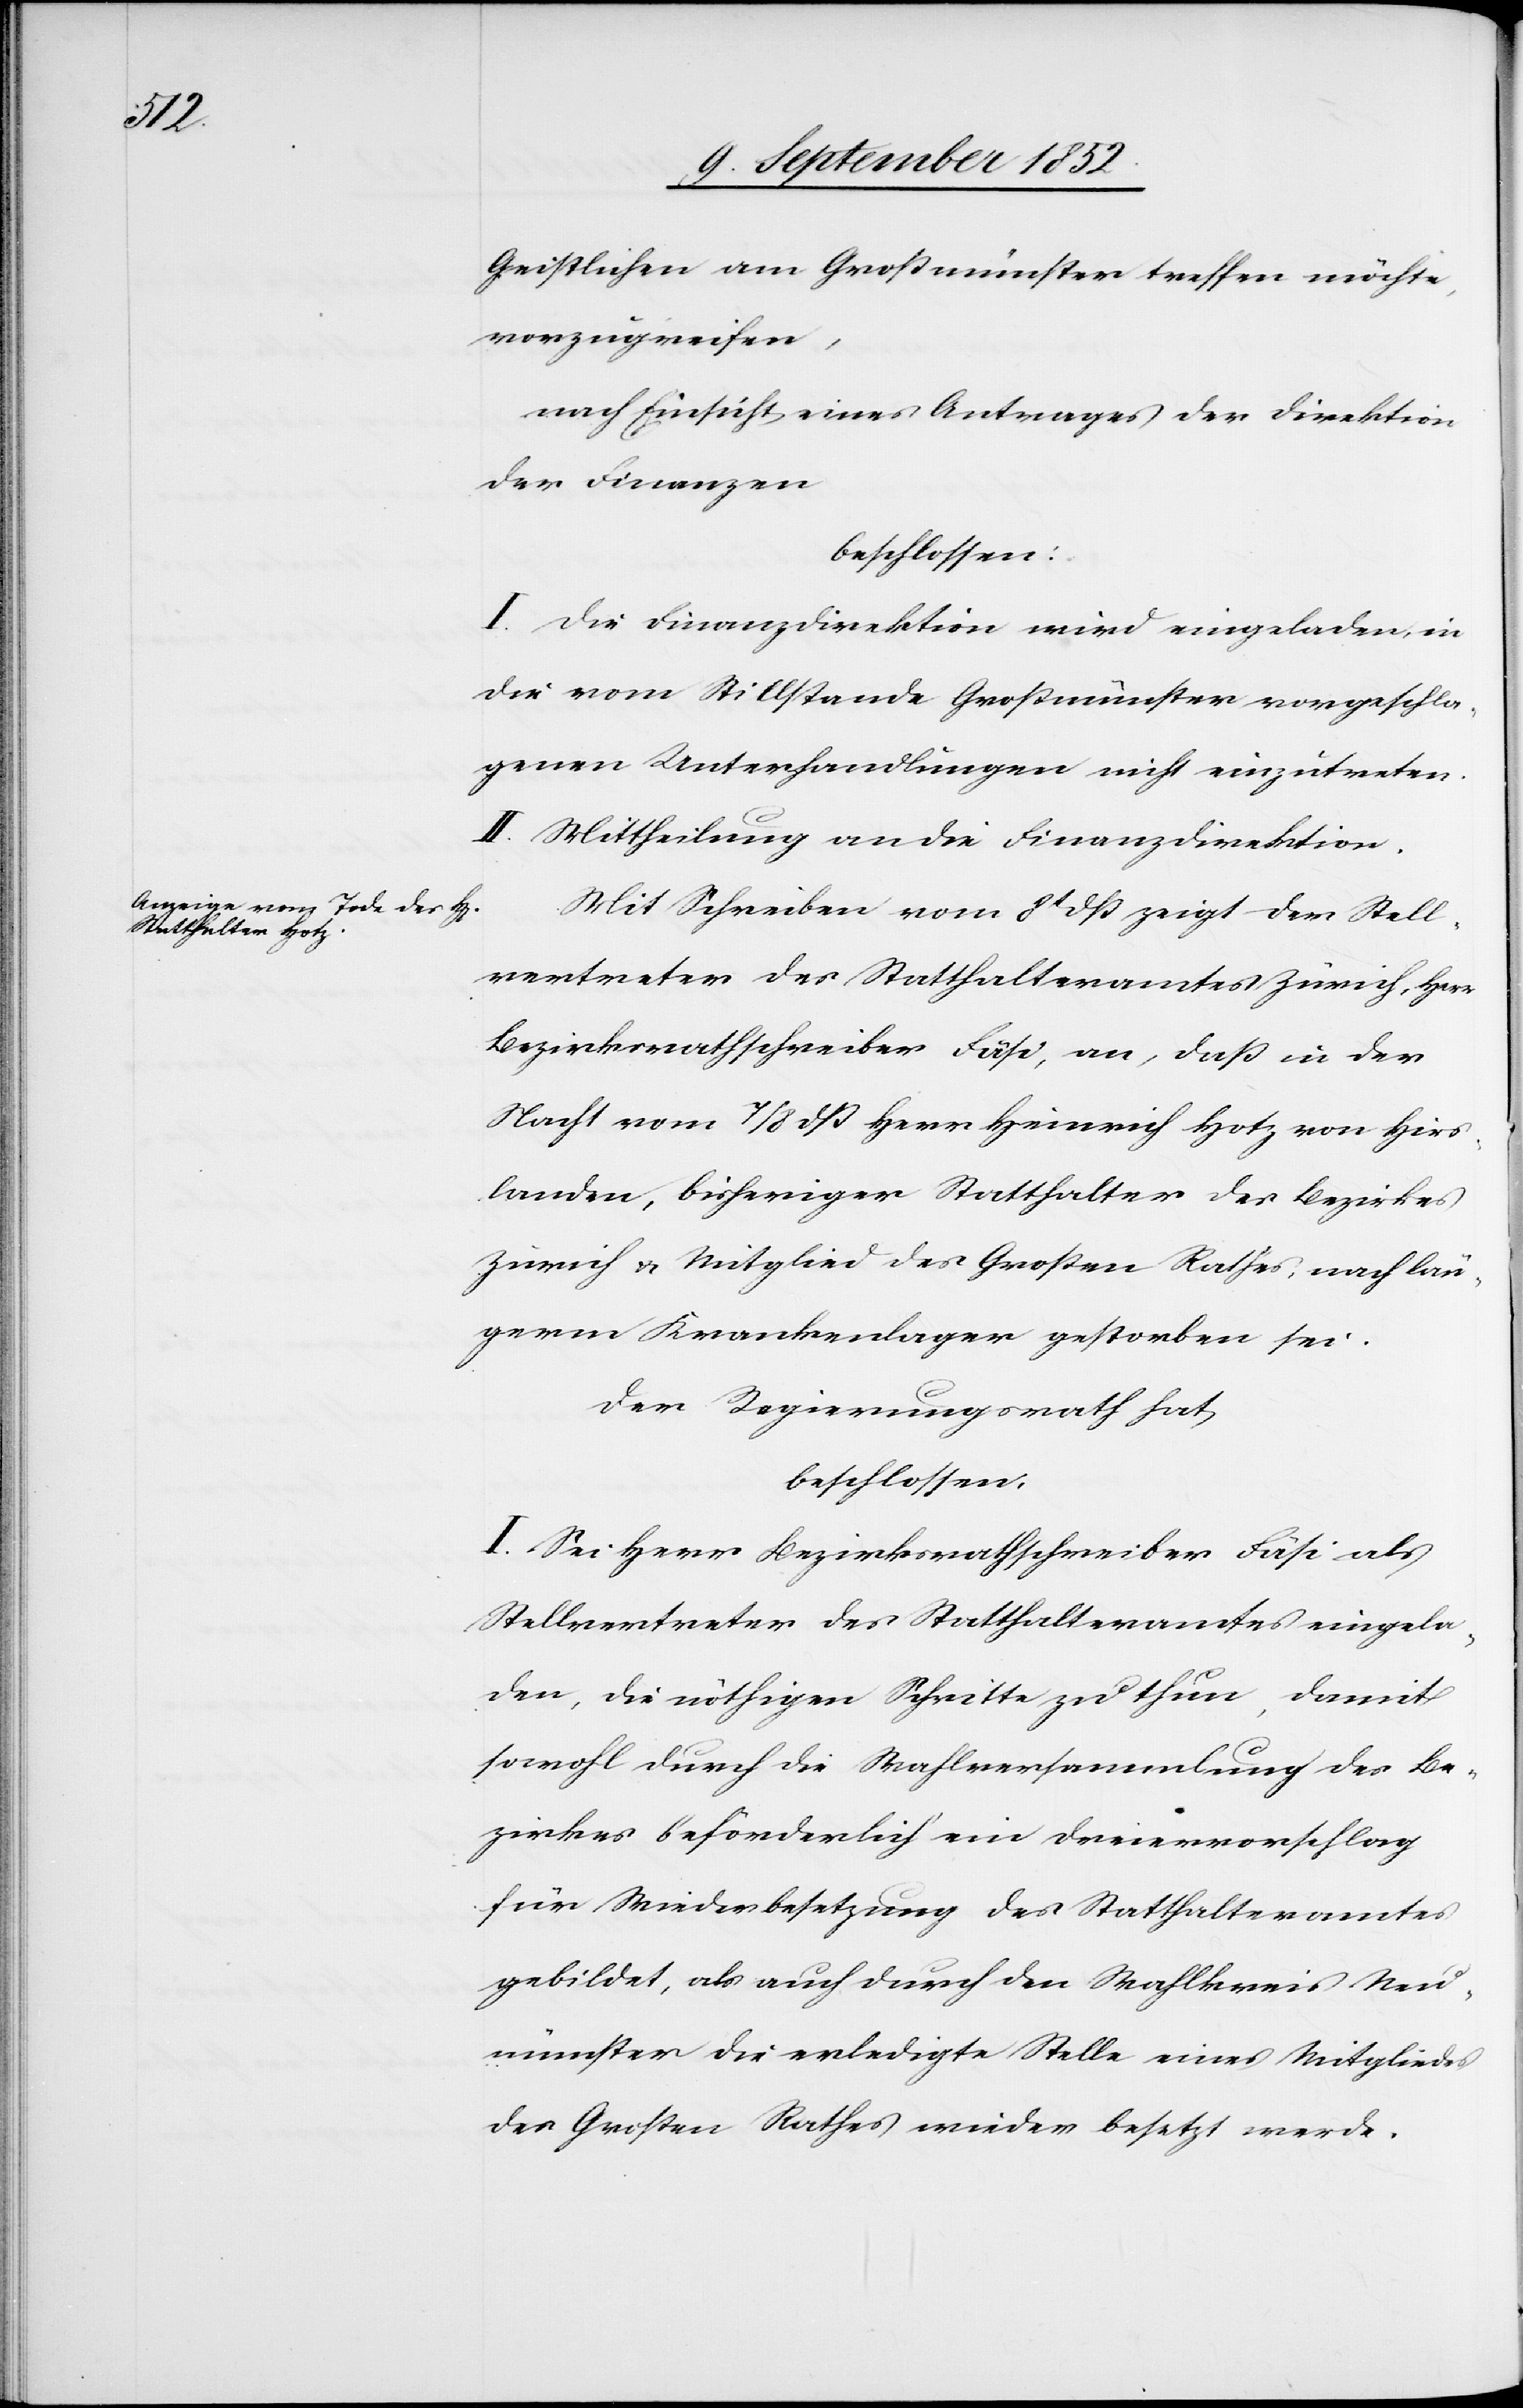
Geistlichen am Großmünster treffen möchte,
vorzugreifen,
nach Einsicht eines Antrages der Direktion
der Finanzen
beschlossen:
I. Die Finanzdirektion wird eingeladen, in
die vom Stillstande Großmünster vorgeschla¬
genen Unterhandlungen nicht einzutreten.
II. Mittheilung an die Finanzdirektion.
Mit Schreiben vom 8t dß zeigt der Stell¬
vertreter des Statthalteramtes Zürich, Herr
Bezirksrathschreiber Fäsi, an, daß in der
Nacht vom 7 / 8 dß Herr Heinrich Hotz von Hirs¬
landen, bisheriger Statthalter des Bezirkes
Zürich & Mitglied des Großen Rathes, nach län¬
germ Krankenlager gestorben sei.
Der Regierungsrath hat
beschlossen:
I. Sei Herr Bezirksrathschreiber Fäsi als
Stellvertreter des Statthalteramtes eingela¬
den, die nöthigen Schritte zu thun, damit
sowohl durch die Wahlversammlung des Be¬
zirkes beförderlich ein Dreiervorschlag
für Wiederbesetzung des Statthalteramtes
gebildet, als auch durch den Wahlkreis Neu¬
münster die erledigte Stelle eines Mitgliedes
des Großen Rathes wieder besetzt werde.